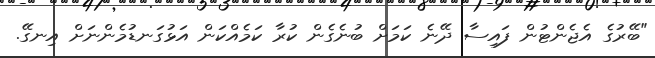
"ބޭރުގެ އެޖެންޓުން ފައިސާ ދޭނެ ކަމަށް ބުނެގެން ކުރާ ކަމެއްކަން އަޅުގަނޑުމެންނަށް އިނގޭ.